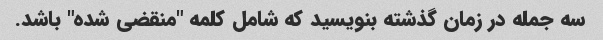
سه جمله در زمان گذشته بنویسید که شامل کلمه "منقضی شده" باشد.